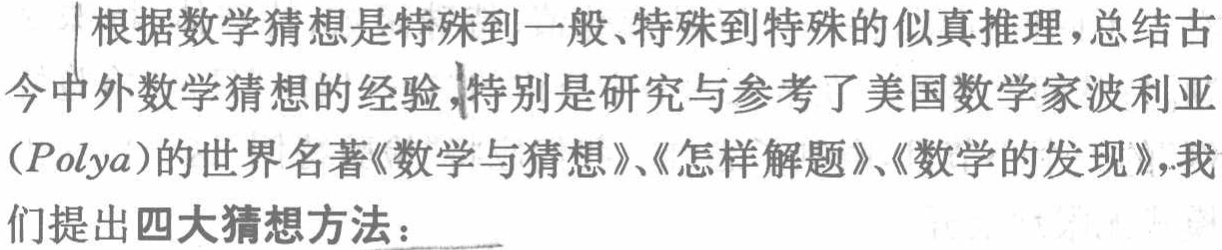
根据数学猜想是特殊到一般、特殊到特殊的似真推理，总结古今中外数学猜想的经验，特别是研究与参考了美国数学家波利亚（\(Polya\)）的世界名著《数学与猜想》、《怎样解题》、《数学的发现》，我们提出四大猜想方法：